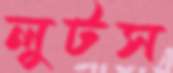
লুটস